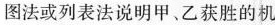
图法或列表法说明甲、乙获胜的机